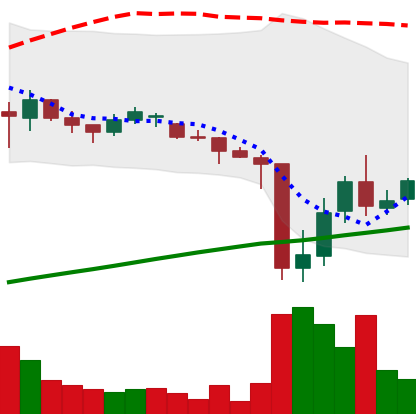
Ticker: DOGE-USD
Chart end date: 2021-06-27
Forward return: -7.255%
Label: down_7plus